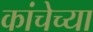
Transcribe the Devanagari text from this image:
कांचेच्या